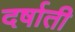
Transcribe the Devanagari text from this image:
दर्षाती